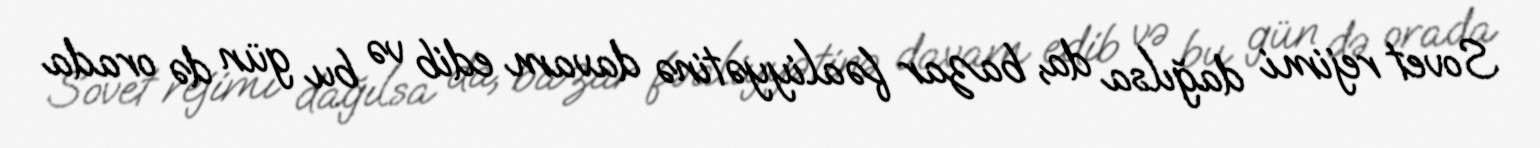
Sovet rejimi dağılsa da, bazar fəaliyyətinə davam edib və bu gün də orada